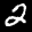
Label: 2